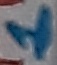
Text: 1